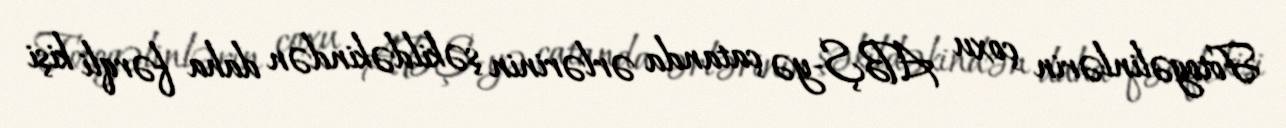
Fotogəlinlərin çoxu ABŞ-yə çatanda ərlərinin şəkildəkindən daha fərqli kişi